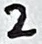
Text: 2